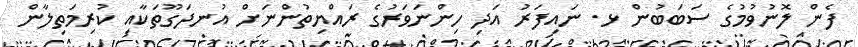
ފެން ލޮނުވުމުގެ ސަބަބުން ޅ. ނައިފަރު އަދި ހިންނަވަރުގެ ރައްޔިތުންނަށް އުނދަގޫތަކާއި ކުރިމަތިލާން